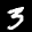
Label: 3